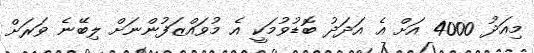
މިއަދު 4000 އަށް އެ އަދަދު ބޮޑުވުމަކީ އެ މުވައްޒަފުންނަށް ލިބޭނެ ވަރަށް